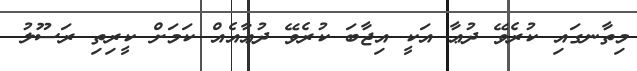
މިތާނގައި ކުރެވޭ ދުޢާ އަކީ އިޖާބަ ކުރެވޭ ދުޢާއެއް ކަމަށް ކީރިތި ރަސޫލު